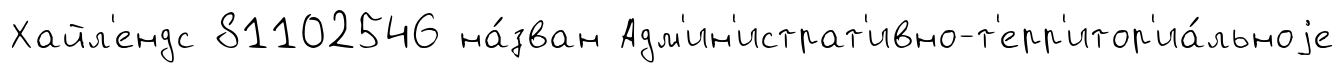
Хайл'ендс 81102546 на́зван Адм'ин'истрат'ивно-т'ерр'итор'иа́льноjе